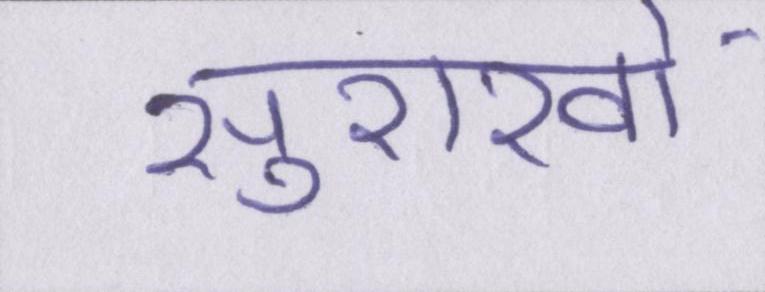
सुराखों